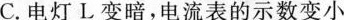
C.电灯L变暗，电流表的示数变小